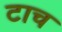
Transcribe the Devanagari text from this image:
टाच